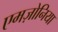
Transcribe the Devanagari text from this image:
एमज़ोनिया